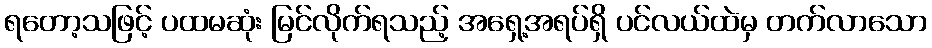
ရတော့သဖြင့် ပထမဆုံး မြင်လိုက်ရသည့် အရှေ့အရပ်ရှိ ပင်လယ်ထဲမှ တက်လာသော